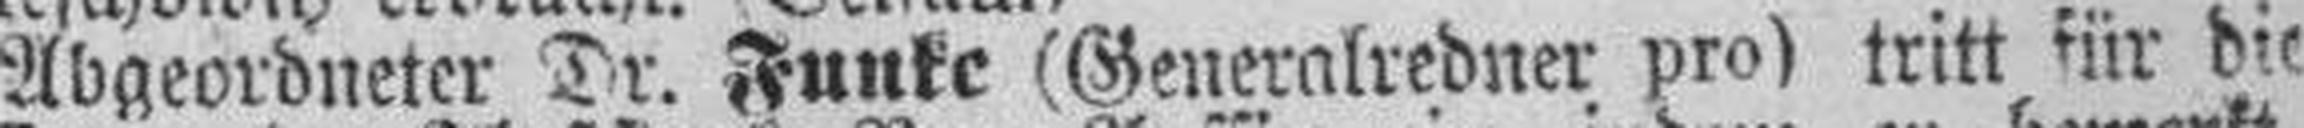
Abgeordneter Dr. Funke (Generalredner pro) tritt für die